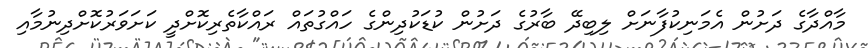
މާއްދާގެ ދަށުން އެމަނިކުފާނަށް ލިބިދޭ ބާރުގެ ދަށުން ކުޑަކުދިންގެ ހައްގުތައް ރައްކާތެރިކޮށްދީ ކަށަވަރުކޮށްދިނުމާއި